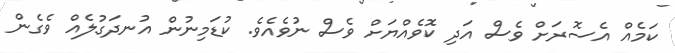
ކަމެއް އެސޮރަށް ވެސް އަދި ކޮވެއްޔަށް ވެސް ނުވެއެވެ. ކުޑަމިނުން އުނދަގުލެއް ވެގެން